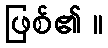
ဖြစ်၏ ။